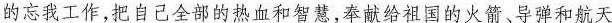
的忘我工作，把自己全部的热血和智慧，奉献给祖国的火箭、导弹和航天